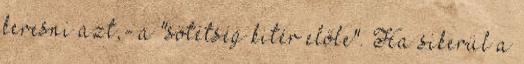
keresni azt,- a "sötétség kitér előle". Ha sikerül a